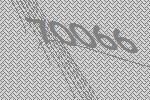
70066